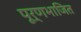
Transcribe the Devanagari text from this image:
पूर्णभाजित